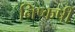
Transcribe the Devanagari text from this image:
निष्कर्षी